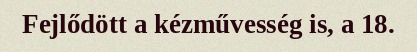
Fejlődött a kézművesség is, a 18.